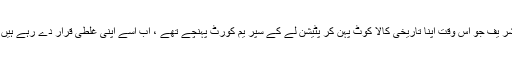
جہا ں تک میمو گیٹ کا تعلق ہے تو اِس کے ایک اہم ترین کر دار موجودہ وزیراعظم میا ں نواز شر یف جو اُس وقت اپنا تاریخی کالا کوٹ پہن کر پٹیشن لے کے سپر یم کورٹ پہنچے تھے ، اب اِسے اپنی غلطی قرار دے رہے ہیں اور ایک سویلین حکومت کے خلا ف سازش میں شریک ہو نے پر ندامت کا اظہار کر رہے ہیں ۔